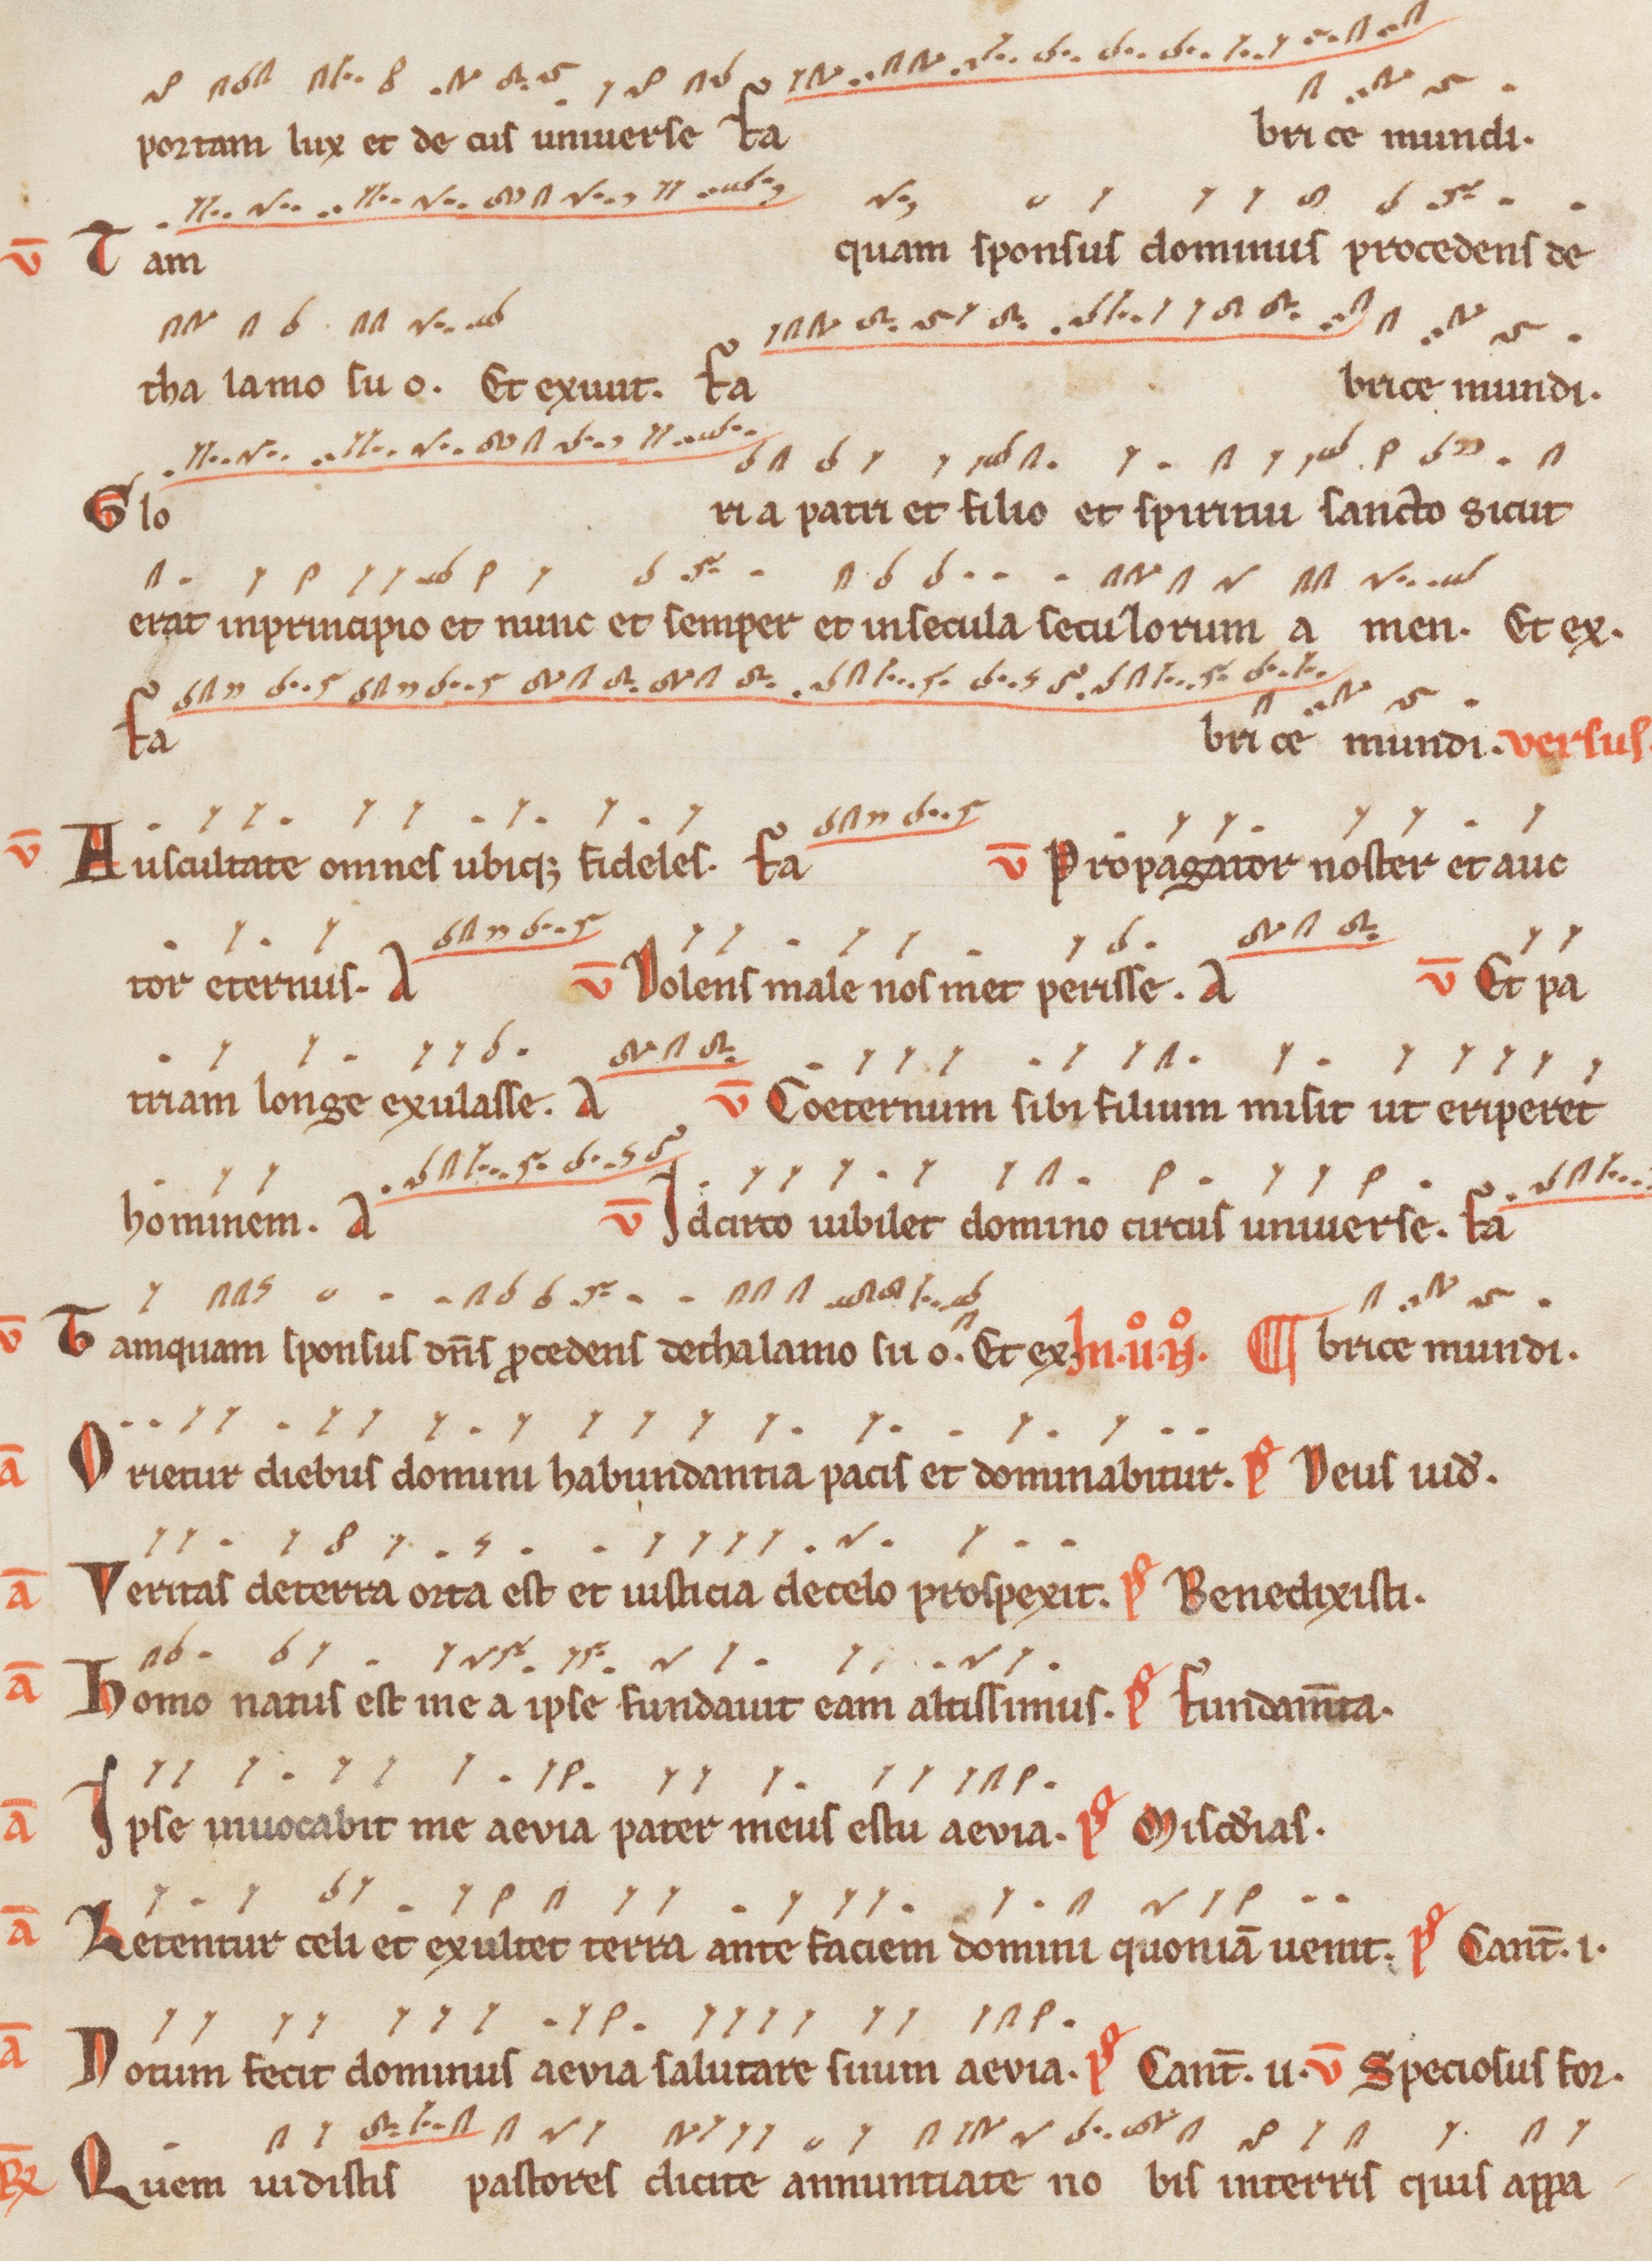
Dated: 1200–1299